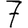
Digit: 7